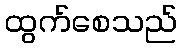
ထွက်စေသည်